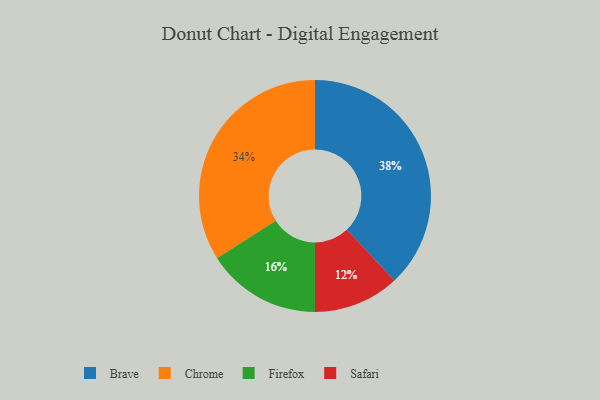
{"axis": {"x": "Category", "y": "Percentage"}, "legend": ["Brave", "Chrome", "Firefox", "Safari"], "data": [{"x": "Chrome", "y": 34, "type": "Chrome"}, {"x": "Safari", "y": 12, "type": "Safari"}, {"x": "Brave", "y": 38, "type": "Brave"}, {"x": "Firefox", "y": 16, "type": "Firefox"}]}